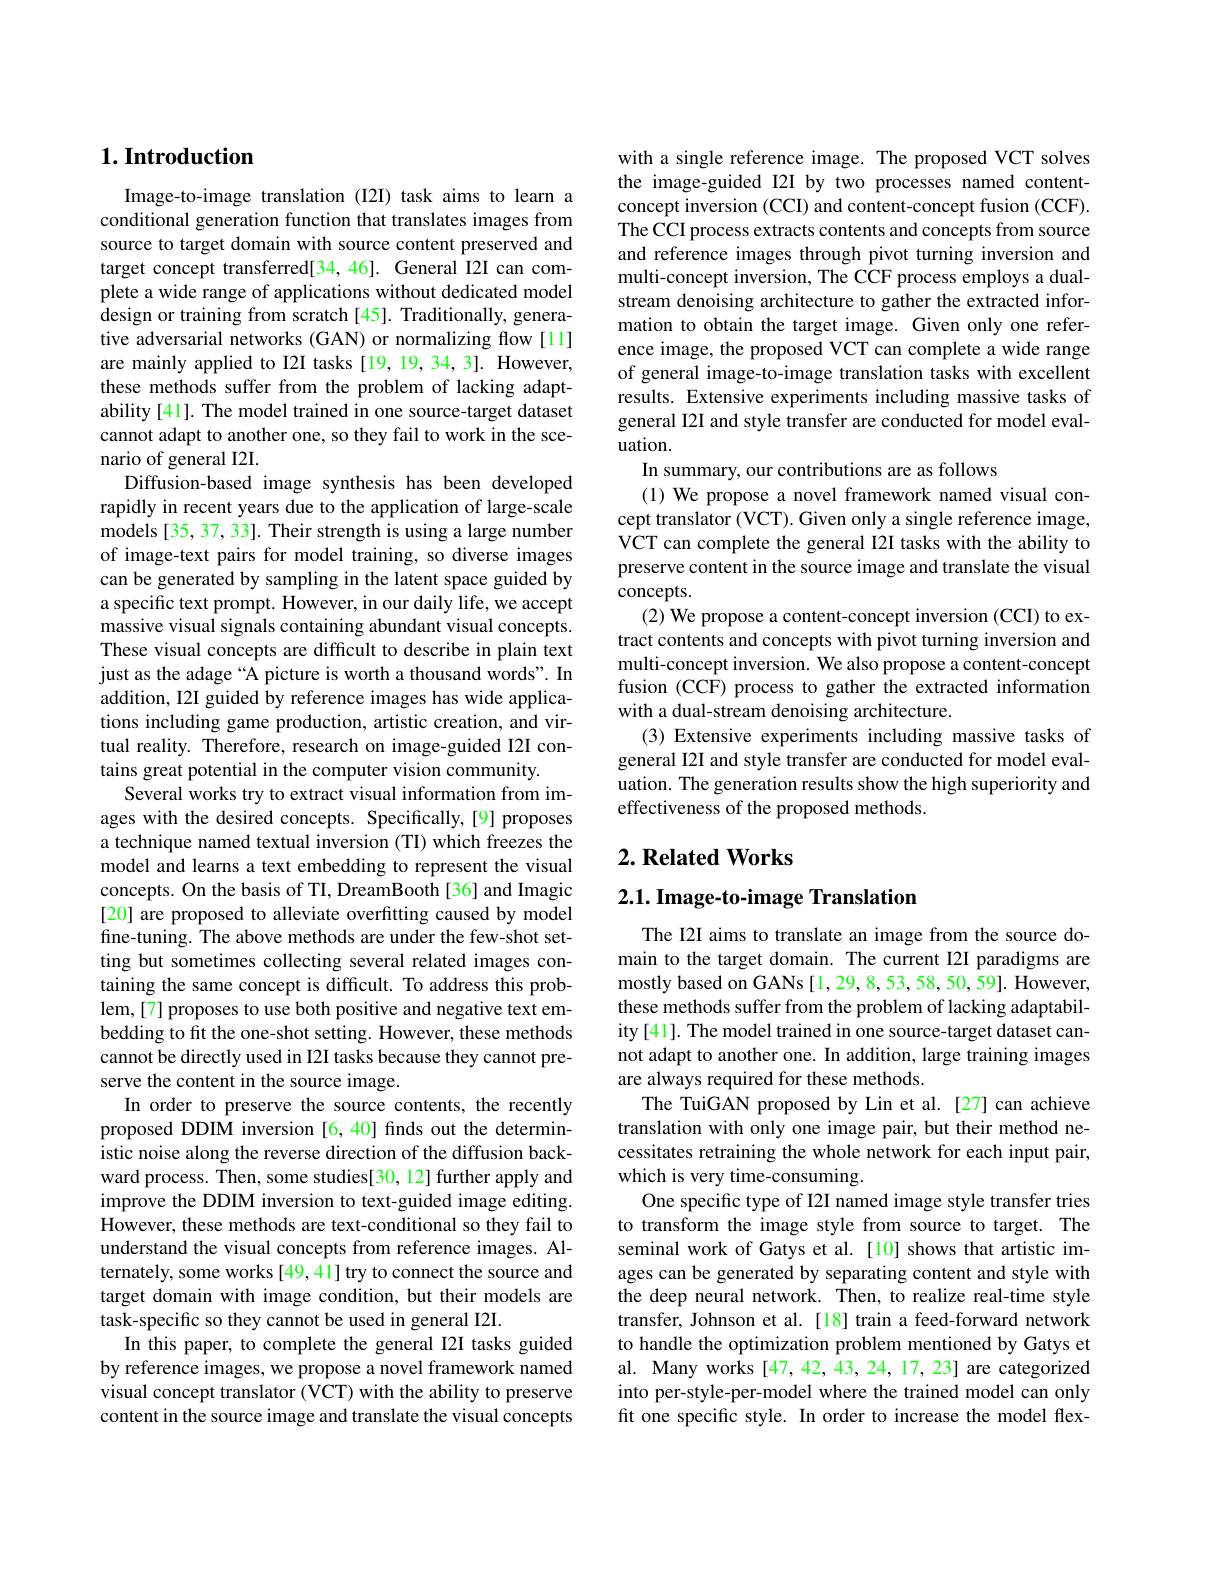
## $1. \textbf{Introduction}$

Image-to-image translation (I2I) task aims to learn a conditional generation function that translates images from source to target domain with source content preserved and target concept transferred[34,46]. General I2I can complete a wide range of applications without dedicated model design or training from scratch [ 45] . Traditionally, genera- tive adversarial networks (GAN) or normalizing flow [11] are mainly applied to I2I tasks [19,19,34,3]. However, these methods suffer from the problem of lacking adaptability [41]. The model trained in one source-target dataset cannot adapt to another one, so they fail to work in the scenario of general I2I.
Diffusion-based image synthesis has been developed rapidly in recent years due to the application of large-scale models [35, 37, 33]. Their strength is using a large number of image-text pairs for model training, so diverse images can be generated by sampling in the latent space guided by a specific text prompt. However, in our daily life, we accept massive visual signals containing abundant visual concepts. These visual concepts are difficult to describe in plain text just as the adage “A picture is worth a thousand words". In addition, I2I guided by reference images has wide applications including game production, artistic creation, and virtual reality. Therefore, research on image-guided I2I contains great potential in the computer vision community.
Several works try to extract visual information from images with the desired concepts. Specifically,[9] proposes a technique named textual inversion (TI) which freezes the model and learns a text embedding to represent the visual concepts. On the basis of TI, DreamBooth [36] and Imagic [20] are proposed to alleviate overfitting caused by model fine-tuning. The above methods are under the few-shot setting but sometimes collecting several related images containing the same concept is difficult. To address this problem,[7] proposes to use both positive and negative text embedding to fit the one-shot setting. However, these methods cannot be directly used in I2I tasks because they cannot preserve the content in the source image.
In order to preserve the source contents, the recently proposed DDIM inversion [6,40] finds out the deterministic noise along the reverse direction of the diffusion backward process. Then, some studies[30, 12] further apply and improve the DDIM inversion to text-guided image editing. However, these methods are text-conditional so they fail to understand the visual concepts from reference images. Alternately, some works [49,41] try to connect the source and target domain with image condition, but their models are task-specific so they cannot be used in general I2I.
In this paper, to complete the general I2I tasks guided by reference images, we propose a novel framework named visual concept translator (VCT) with the ability to preserve content in the source image and translate the visual concepts

with a single reference image. The proposed VCT solves the image-guided I2I by two processes named contentconcept inversion (CCI) and content-concept fusion (CCF). The CCI process extracts contents and concepts from source and reference images through pivot turning inversion and multi-concept inversion, The CCF process employs a dualstream denoising architecture to gather the extracted information to obtain the target image. Given only one reference image, the proposed VCT can complete a wide range of general image-to-image translation tasks with excellent results. Extensive experiments including massive tasks of general I2I and style transfer are conducted for model evaluation.
In summary, our contributions are as follows
(1) We propose a novel framework named visual concept translator (VCT). Given only a single reference image, VCT can complete the general I2I tasks with the ability to preserve content in the source image and translate the visual concepts
(2) We propose a content-concept inversion (CCI) to extract contents and concepts with pivot turning inversion and multi-concept inversion. We also propose a content-concept fusion (CCF) process to gather the extracted information with a dual-stream denoising architecture.
(3) Extensive experiments including massive tasks of general I2I and style transfer are conducted for model evaluation. The generation results show the high superiority and effectiveness of the proposed methods.

## $2. \textbf{Related Works}$

# 2.1. Image-to-image Translation

The I2I aims to translate an image from the source domain to the target domain. The current I2I paradigms are mostly based on GANs [1,29,8,53,58,50,59]. However, these methods suffer from the problem of lacking adaptability[41]. The model trained in one source-target dataset cannot adapt to another one. In addition, large training images are always required for these methods.
The TuiGAN proposed by Lin et al.[27] can achieve translation with only one image pair, but their method necessitates retraining the whole network for each input pair, which is very time-consuming.
One specific type of I2I named image style transfer tries to transform the image style from source to target. The seminal work of Gatys et al. [10] shows that artistic images can be generated by separating content and style with the deep neural network. Then, to realize real-time style transfer, Johnson et al.[18] train a feed-forward network to handle the optimization problem mentioned by Gatys et al. Many works [47,42,43,24,17,23] are categorized into per-style-per-model where the trained model can only fit one specific style. In order to increase the model flex-